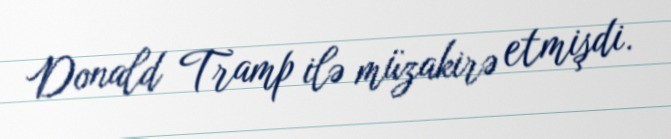
Donald Tramp ilə müzakirə etmişdi.